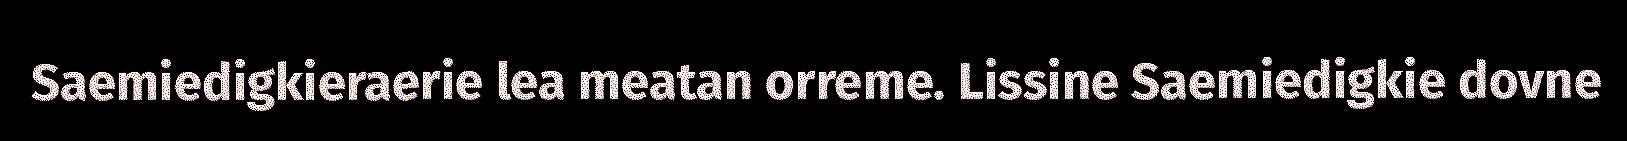
Saemiedigkieraerie lea meatan orreme. Lissine Saemiedigkie dovne